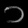
Digit: ၁